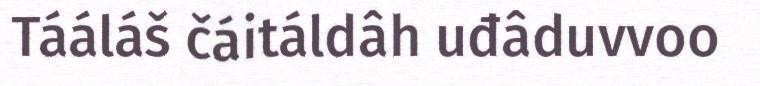
Tááláš čáitáldâh uđâduvvoo